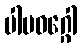
ပါပဝဂ္ဂေါ